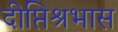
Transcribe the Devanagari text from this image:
दीप्तिश्रभास